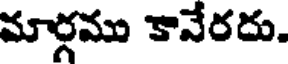
మార్గము కానేరదు.